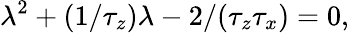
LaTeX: \lambda^{2}+(1/\tau_{z})\lambda-2/(\tau_{z}\tau_{x})=0,